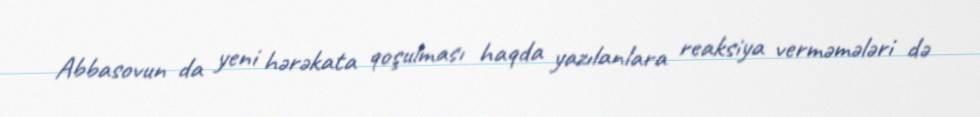
Abbasovun da yeni hərəkata qoşulması haqda yazılanlara reaksiya verməmələri də